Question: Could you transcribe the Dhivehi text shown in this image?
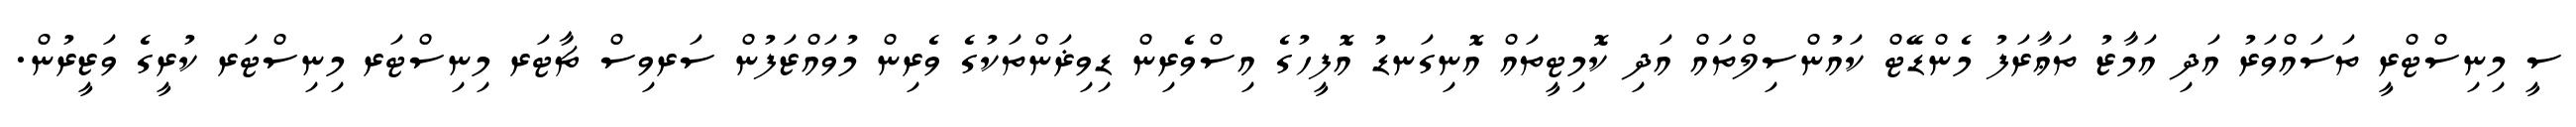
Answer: ސީ މިނިސްޓްރީ ތަސައްވަރު އަދި އަމާޒު ތަޢާރަފު މެންޑޭޓް ކައުންސިލްތައް އަދި ކޮމިޓީތައް އޮނިގަނޑު އޮފީހުގެ އިސްވެރިން ޑިވިޜަންތަކުގެ ވެރިން މުވައްޒަފުން ސަރވިސް ޗާޓަރ މިނިސްޓަރ މިނިސްޓަރ ކުރީގެ ވަޒީރުން.